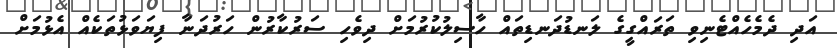
އަދި ދެމެހެއްޓެނިވި ތަރައްގީގެ ލަނޑުދަނޑިތައް ހާސިލުކުރުމަށް ދިވެހި ސަރުކާރުން ހަރުދަނާ ފިޔަވަޅުތަކެއް އެޅުމަށް